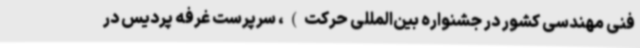
فنی مهندسی کشور در جشنواره بین‌المللی حرکت)، سرپرست غرفه پردیس در